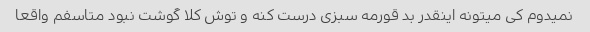
نمیدوم کی میتونه اینقدر بد قورمه سبزی درست کنه و توش کلا گوشت نبود متاسفم واقعا